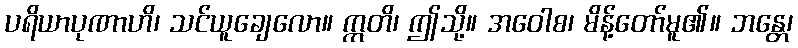
ပရိယာပုဏာဟိ၊ သင်ယူချေလော။ ဣတိ၊ ဤသို့။ အဝေါစ၊ မိန့်တော်မူ၏။ ဘန္တေ၊